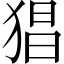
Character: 猖